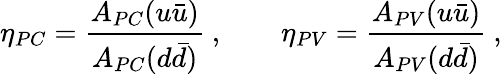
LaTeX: \eta_{PC}=\frac{A_{PC}(u\bar{u})}{A_{PC}(d\bar{d})}~,\qquad\eta_{PV}=\frac{A_{PV}(u\bar{u})}{A_{PV}(d\bar{d})}~,